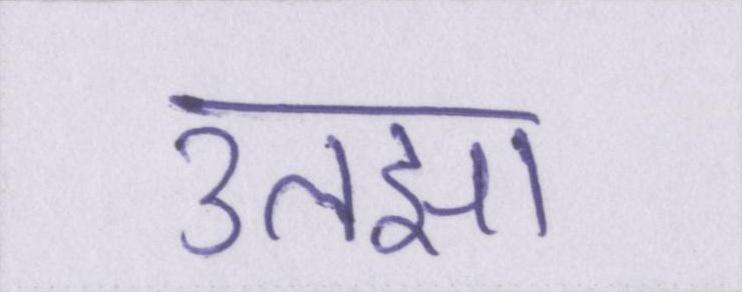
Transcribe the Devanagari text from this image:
उलझा